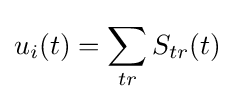
u_{i}(t)=\sum _{tr}^{}S_{tr}(t)